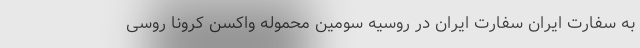
به سفارت ایران سفارت ایران در روسیه سومین محموله واکسن کرونا روسی